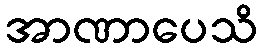
အာဏာပေသိ